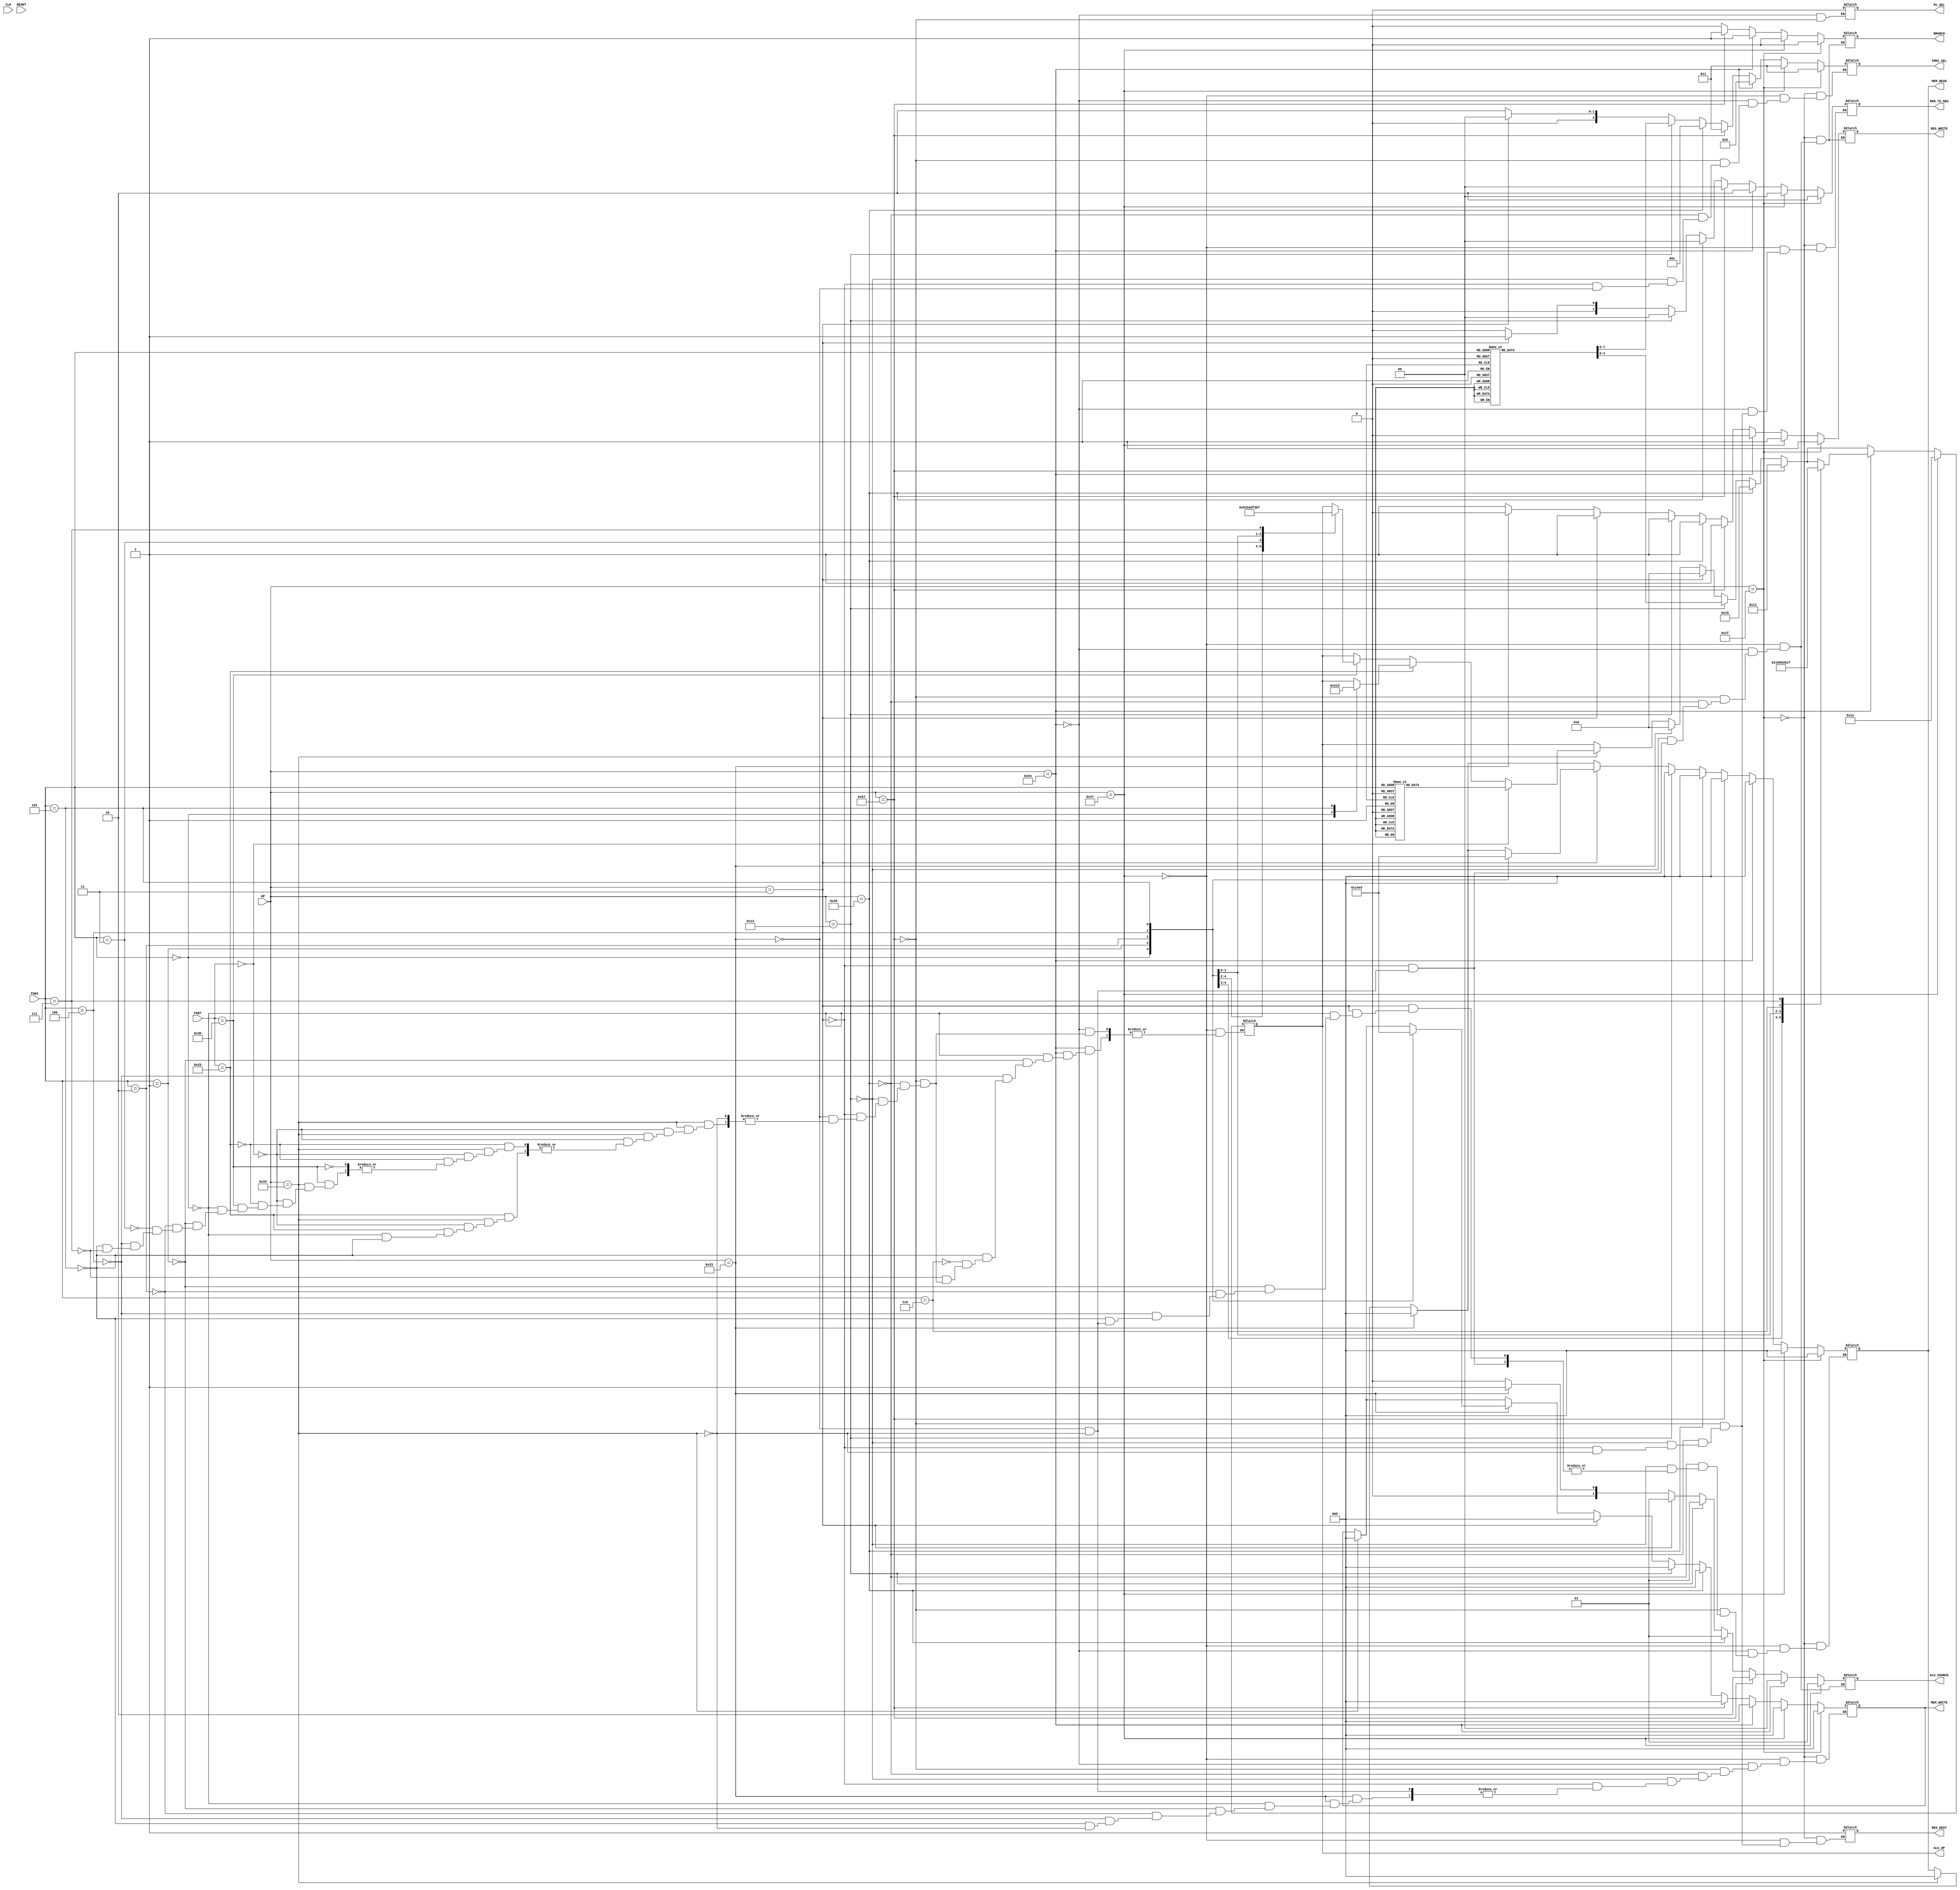
//control unit***************************************************
module ctrl_unit(OP,FUN3,FUN7,CLK,RESET,MEM_READ,MEM_WRITE,REG_WRITE,MEM_TO_REG,BRANCH,REG_DEST,ALU_SOURCE,ALU_OP,IMMI_SEL,PC_SEL);

	//declareing input 
	input [6:0] OP,FUN7;
	input [2:0] FUN3;
	input CLK,RESET;
	//declaring output
	output reg [4:0] ALU_OP;
	output reg [2:0]  MEM_READ,MEM_WRITE,IMMI_SEL;
	output reg [1:0] MEM_TO_REG,ALU_SOURCE;
	output reg REG_WRITE,BRANCH,REG_DEST,PC_SEL;

	
//r type instructions*************************************************************************************
	always @ (OP,FUN3,FUN7) begin
		#1
		if(OP[6:0] == 7'b0110011)  begin  //rtype
			MEM_READ = 3'b000;
			MEM_WRITE = 3'b000;
			REG_WRITE = 1'b1;
			MEM_TO_REG = 2'b00;
			BRANCH = 1'b0;
			ALU_SOURCE = 2'b00;
			REG_DEST = 1'b1;
			
			
			if(FUN7[6:0] == 7'b0000000)  begin  
				case (FUN3)
					8'b000: begin   
						ALU_OP = 5'b00000; //add
					end
					8'b001: begin                            
						ALU_OP = 5'b00001; // sll
					end
					8'b010: begin                            
						ALU_OP = 5'b00010; // slt
					end
					8'b011: begin                            
						ALU_OP = 5'b00011; // sltu
					end
					8'b100: begin                            
						ALU_OP = 5'b00100; // XOR
					end
					8'b101: begin                            
						ALU_OP = 5'b00101; // SRL
					end
					8'b110: begin                            
						ALU_OP = 5'b00110; // OR
					end
					8'b111: begin                            
						ALU_OP = 5'b00111; // AND
					end
					
				endcase
			
			end 
			else if(FUN7[6:0] == 7'b0100000) begin
				case (FUN3)
					8'b000: begin   
						ALU_OP = 5'b10000; //SUB
					end
					8'b101: begin                            
						ALU_OP = 5'b10101; // SRA
					end

				endcase
			
			
			end 
			else if(FUN7[6:0] == 7'b0111011) begin
				case (FUN3)
					8'b000: begin   
						ALU_OP = 5'b11000; //MUL
					end
					8'b001: begin                            
						ALU_OP = 5'b11001; // MULH
					end
					8'b010: begin                            
						ALU_OP = 5'b11010 ;// MULHSU
					end
					8'b011: begin                            
						ALU_OP = 5'b11011;// MULHU
					end
					8'b100: begin                            
						ALU_OP = 5'b11100 ;// DIV
					end
					8'b101: begin                            
						ALU_OP = 5'b11101; // REM
					end
					8'b111: begin                            
						ALU_OP = 5'b11111; // REMU
					end
					
				endcase
			end
			
		

		
		end	//end of op code	
		// S type ****************************************************************************************************************************
			if(OP[6:0] == 7'b0100011)  begin  //Itype
				MEM_READ = 3'b000;
				REG_WRITE = 1'b0;
				BRANCH = 1'b0;
				ALU_SOURCE = 2'b01;
				IMMI_SEL = 3'b010;
				ALU_OP = 5'b00000; //add
				
					case (FUN3)
						8'b000: begin   
							MEM_WRITE = 3'b001;
						end
						8'b001: begin                            
							MEM_WRITE = 3'b010;
						end
						8'b010: begin                            
							MEM_WRITE = 3'b011;
						end
						
						8'b100: begin                            
							MEM_WRITE = 3'b100;
						end
						8'b101: begin                            
							MEM_WRITE = 3'b101;
						end
						
					endcase
		
		end	//end of op code	
		
		if(OP[6:0] == 7'b0000011) begin		//i type load instructions
			//only MEM_READ changing wiith the function 3 value
			ALU_OP = 5'b00000; //all the i type load instruction uses add operation in ALU_OP
			MEM_WRITE = 3'b000;
			MEM_TO_REG = 2'b01;
			REG_WRITE = 1'b1;
			ALU_SOURCE = 2'b01;
			BRANCH = 1'b0;
			REG_DEST = 1'b1;
			IMMI_SEL = 3'b000;
			
			case(FUN3)
			3'b000 : MEM_READ = 3'b001;
			3'b001 : MEM_READ = 3'b010;
			3'b010 : MEM_READ = 3'b011;
			3'b100 : MEM_READ = 3'b100;
			3'b101 : MEM_READ = 3'b101;
			endcase	
		end //end of opcode
		
		//I type operations
		if(OP[6:0] == 7'b0010011) begin
			MEM_READ = 3'b000;
			MEM_WRITE = 3'b000;
			MEM_TO_REG = 2'b00;
			REG_WRITE = 1'b1;
			ALU_SOURCE = 2'b01;
			BRANCH = 1'b0;
			REG_DEST = 1'b1;
			
			case (FUN3)
				8'b000: begin   
					ALU_OP = 5'b00000; //add
					IMMI_SEL = 3'b000;
				end
				8'b001: begin                            
					ALU_OP = 5'b00001; // sll
					IMMI_SEL = 3'b001;
				end
				8'b010: begin                            
					ALU_OP = 5'b00010; // slt
					IMMI_SEL = 3'b000;
				end
				8'b011: begin                            
					ALU_OP = 5'b00011; // sltu
					IMMI_SEL = 3'b000;
				end
				8'b100: begin                            
					ALU_OP = 5'b00100; // XOR
					IMMI_SEL = 3'b000;
				end
				8'b101: begin                            
					ALU_OP = 5'b00101; // SRL
					IMMI_SEL = 3'b001;
				end
				8'b110: begin                            
					ALU_OP = 5'b00110; // OR
					IMMI_SEL = 3'b000;
				end
				8'b111: begin                            
					ALU_OP = 5'b00111; // AND
					IMMI_SEL = 3'b000;
				end
				
			endcase
		end //end of opecode
		
		//special opcod for SRAI
		if(OP[6:0] == 7'b1000000) begin
			MEM_READ = 3'b000;
			MEM_WRITE = 3'b000;
			MEM_TO_REG = 2'b00;
			REG_WRITE = 1'b1;
			ALU_SOURCE = 2'b01;
			BRANCH = 1'b0;
			REG_DEST = 1'b1;
			ALU_OP = 5'b10101; // SRA
			IMMI_SEL = 3'b001;
		end
		
		//JALR
		if(OP[6:0] == 7'b1100111) begin
			MEM_READ = 3'b000;
			MEM_WRITE = 3'b000;
			MEM_TO_REG = 2'b00;
			REG_WRITE = 1'b1;
			ALU_SOURCE = 2'b10;
			BRANCH = 1'b1;
			REG_DEST = 1'b1;
			ALU_OP = 5'b10001; // Foraward with Branch
			IMMI_SEL = 3'b011;
			PC_SEL = 0;
		end
		
		
		// BRANCH type ****************************************************************************************************************************
			if(OP[6:0] == 7'b1100011)  begin  //Itype
				MEM_READ = 3'b000;
				MEM_WRITE =  3'b000;
				MEM_TO_REG = 2'b10;
				REG_WRITE = 1'b0;
				ALU_SOURCE = 2'b00;
				BRANCH = 1'b1;
				IMMI_SEL = 3'b010;
				PC_SEL = 1'b0;
			
				case (FUN3)
					8'b000: begin   
						ALU_OP = 5'b01000; 
					end
					8'b001: begin                            
						ALU_OP = 5'b01001; 
					end
					8'b100: begin                            
						ALU_OP = 5'b01100 ;
					end
					8'b101: begin                            
						ALU_OP = 5'b01101;
					end
					8'b110: begin                            
						ALU_OP = 5'b01110 ;
					end
					8'b111: begin                            
						ALU_OP = 5'b01111; 
					end
					
				endcase
		
		end	//end of op code	
					
					
					
		// U type ****************************************************************************************************************************
		//LUI
			if(OP[6:0] == 7'b0110111)  begin  //Itype
				MEM_READ = 3'b000;
				MEM_WRITE =  3'b000;
				REG_WRITE = 1'b1;
				ALU_SOURCE = 2'b01;
				BRANCH = 1'b0;
				REG_DEST = 1'b1;
				IMMI_SEL = 3'b011;
				ALU_OP = 5'b11110; //forward
				MEM_TO_REG = 2'b00;
		end	//end of op code	
								
		
		//AUIPC
			if(OP[6:0] == 7'b0011111)  begin  //Itype
				MEM_READ = 3'b000;
				MEM_WRITE =  3'b000;
				REG_WRITE = 1'b1;
				//ALU_SOURCE = 2'b01;
				BRANCH = 1'b0;
				REG_DEST = 1'b1;
				IMMI_SEL = 3'b011;
				//ALU_OP = 5'b11110; //forward
				MEM_TO_REG = 2'b10;
		end	//end of op code	
		
	end
		
		
endmodule